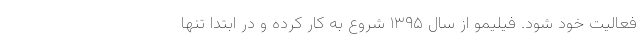
فعالیت خود شود. فیلیمو از سال ۱۳۹۵ شروع به کار کرده و در ابتدا تنها